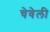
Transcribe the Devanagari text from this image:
चेवेली